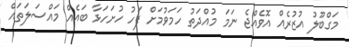
މަގްބޫލު އުޒުރެއް އޮވެއްޖެ ނަމަ މުއްދަތު ހަމަވުމަށް ފަހު ހުށަހަޅާ ބައެއް މައްސަލަތައް